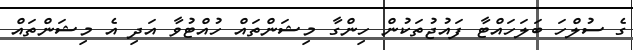
ގެ ސުލްހަ ބަލަހައްޓާ ފައުޖުތަކުން ހިންގާ މިޝަންތައް ހުއްޓުވާ އަދި އެ މިޝަންތައް